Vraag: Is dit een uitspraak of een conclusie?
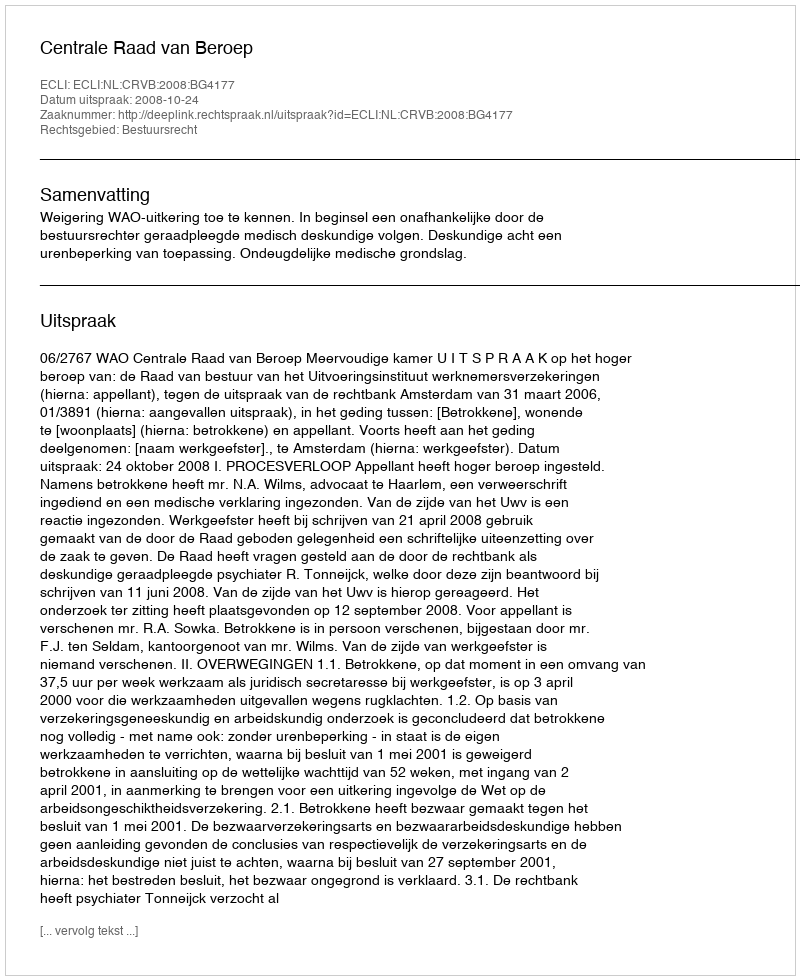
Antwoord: Uitspraak